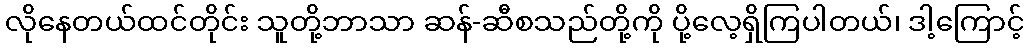
လိုနေတယ်ထင်တိုင်း သူတို့ဘာသာ ဆန်-ဆီစသည်တို့ကို ပို့လေ့ရှိကြပါတယ်၊ ဒါ့ကြောင့်